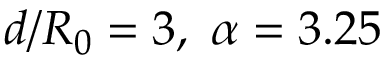
d / R _ { 0 } = 3 , \ \alpha = 3 . 2 5